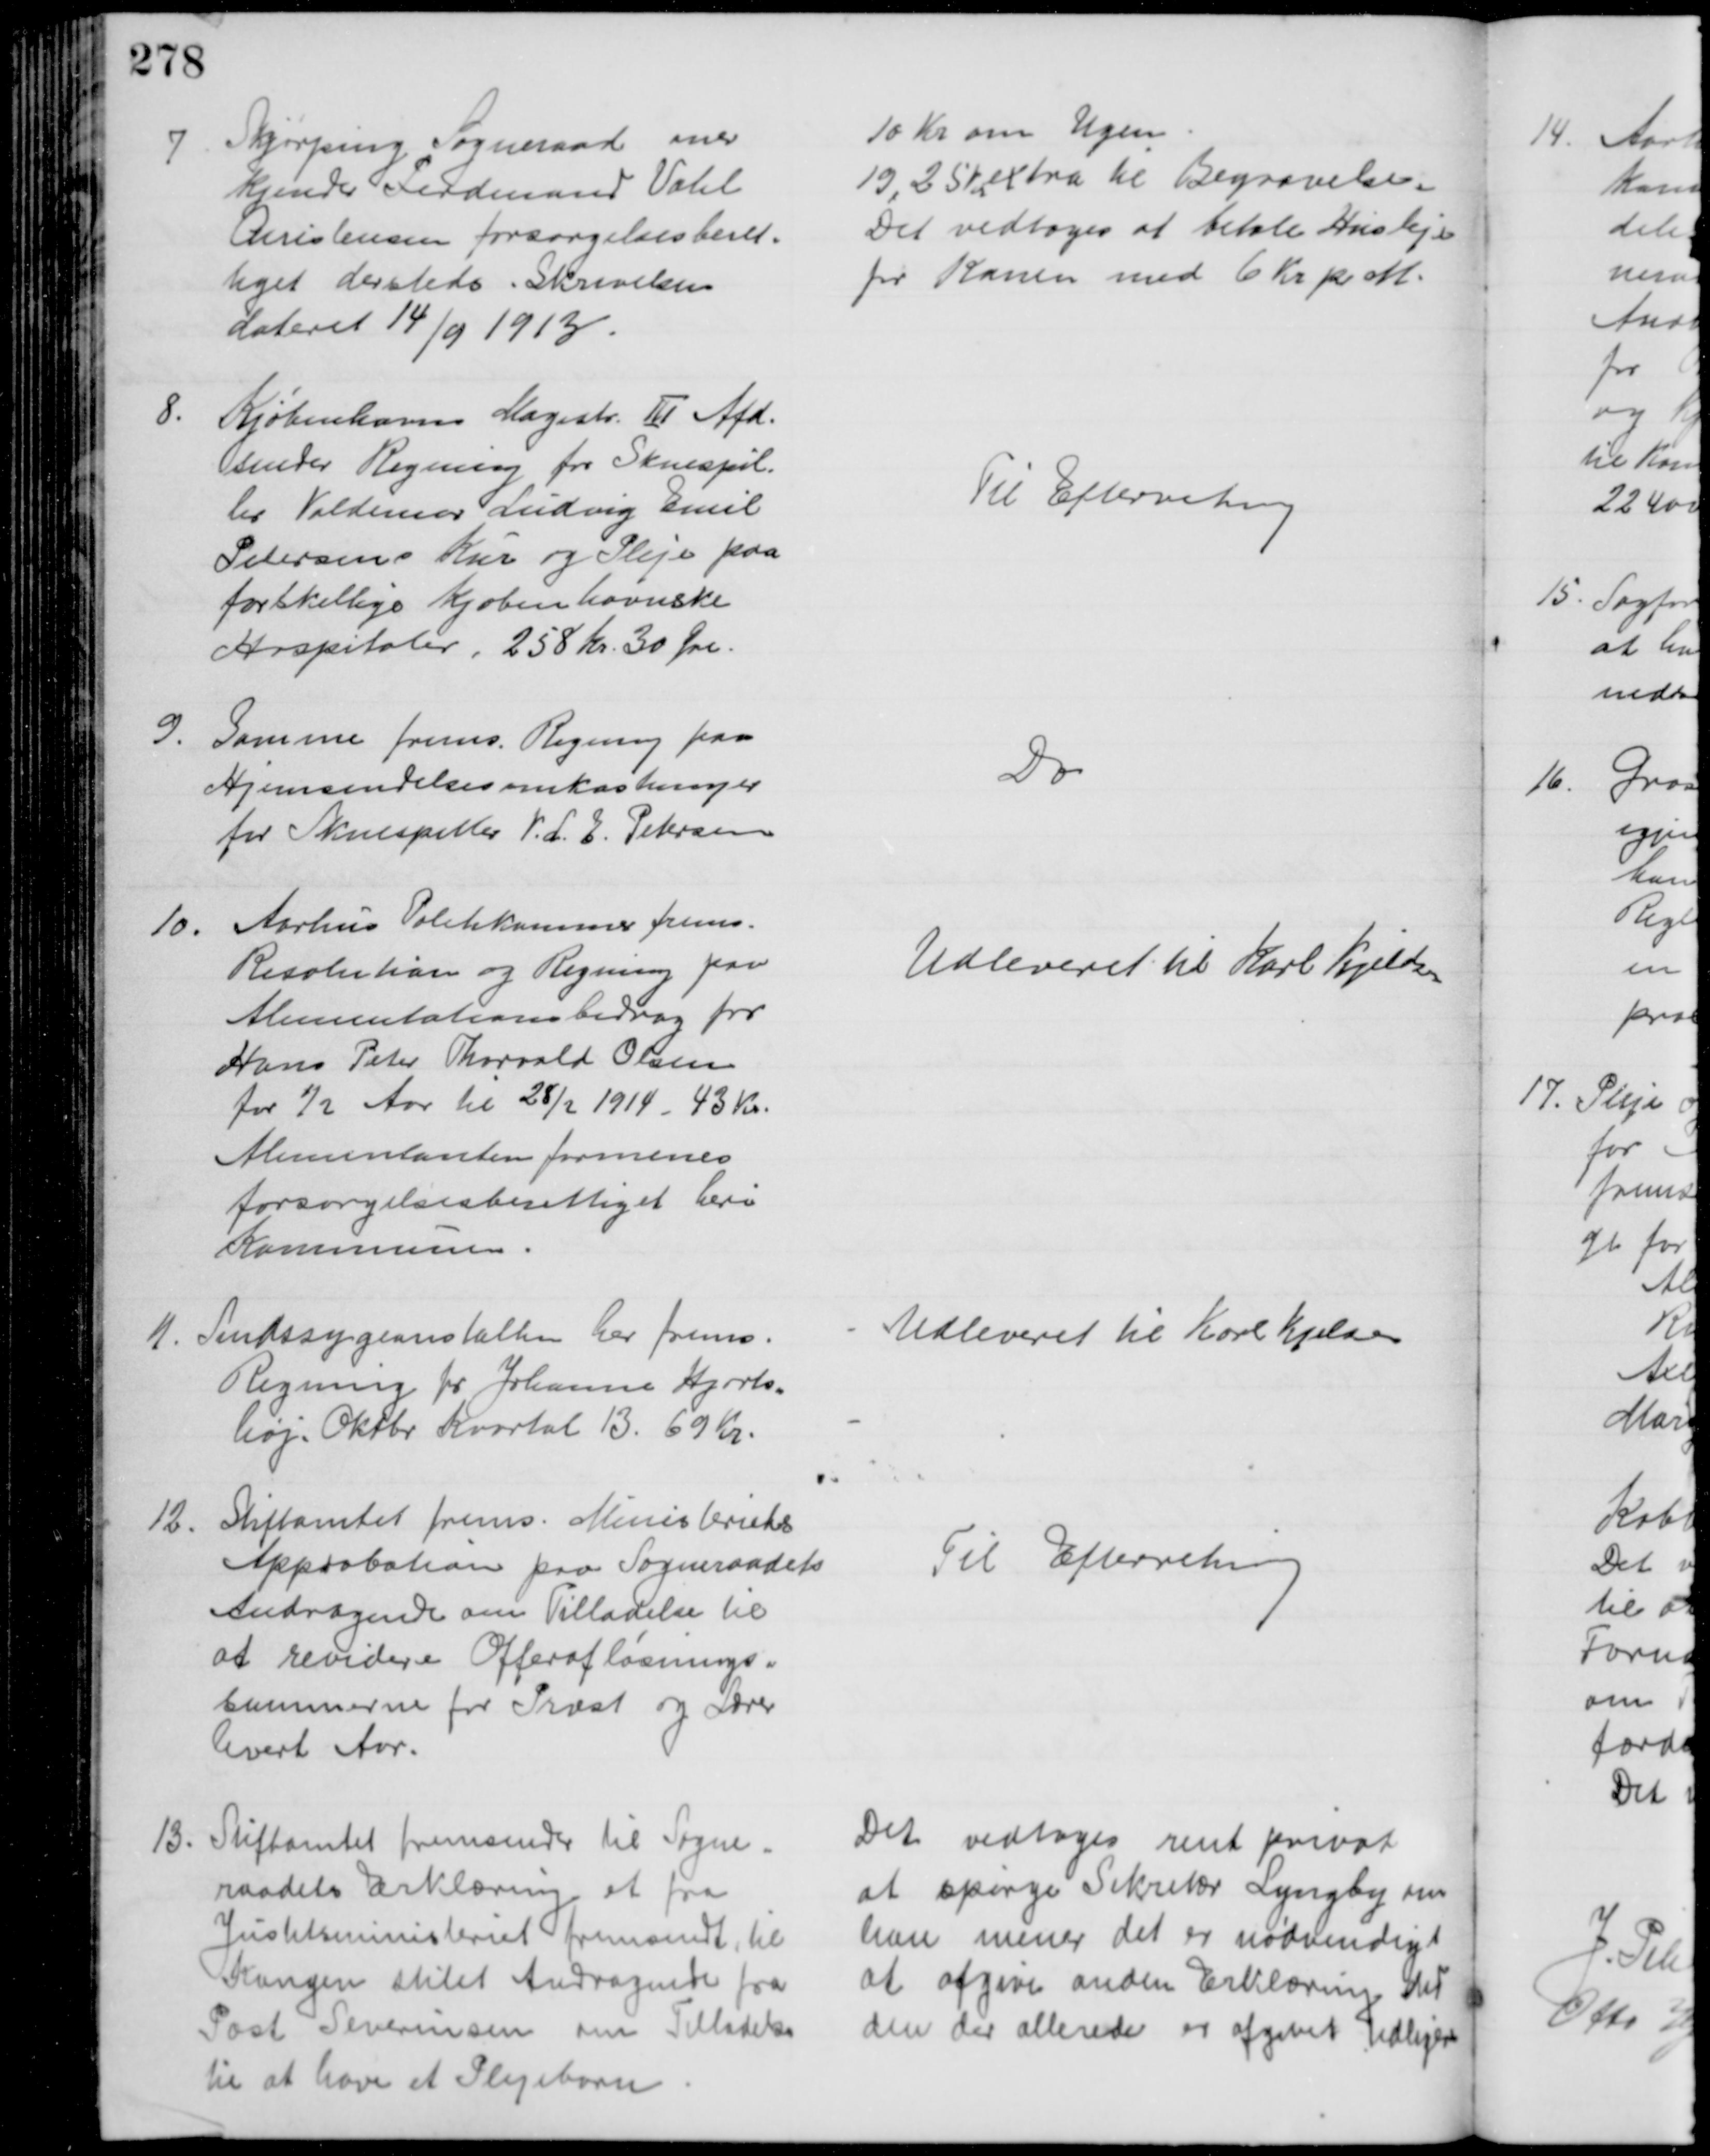
Transskription:
7 
Skjørping Sogneraad aner
kjender Ferdinand Vahl
Christensen forsørgelsesberet-
tiget dersteds. Skrivelsen
dateret 14/9 1913
10 Kr. om Ugen
19,25 Kr extra til Begravelse.
Det vedtoges at betale Husleje
for Konen med 6 Kr pr. M.
8.
Kjøbenhavns Magistr. III Afd.
sender Regning for Skuespil-
ler Valdemar Ludvig Emil
Petersens Kur og Pleje paa
forskellige Kjøbenhavnske
Hospitaler, 258 Kr. 30 Øre.
Til Efterretning
9
Samme frems. Regning paa
Hjemsendelsesomkostninger
for Skuespiller V. L. E. Petersen
Do
10.
Aarhus Politikammer frems.
Resolution og Regning paa
Alimentationsbidrag for
Hans Peter Thorvald Olsen
for ½ Aar til 28/2 1914 - 43 Kr.
Alimentanten formenes
forsørgelsesberettiget heri
Kommunen
Udleveret til Karl Kjeldsen
11. Sindssygeanstalten har frems.
Regning for Johanne Hjorts=
høj. Oktbr Kvartal 13. 69 Kr.
Udleveret til Karl Kjeldsen
12.
Stiftamtet frems. Ministeriets
Approbation paa Sogneraadets
Andragende om Tilladelse til
at revidere Offerafløsnings=
summerne for Præst og Lærer
hvert Aar.
Til Efterretning
13. Stiftamtet fremsender til Sogne=
raadets Erklæring et fra
Justitsministeriet fremsendt, til
Kongen stilet Andragende fra
Post Severinsen om Tilladelse
til at have et Plejebarn
Det vedtoges rent privat
at spørge Sekretær Lyngby om
han mener det er nødvendigt
at afgive anden Erklæring end
den der allerede er afgivet tidligere